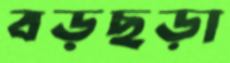
বড়ছড়া